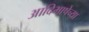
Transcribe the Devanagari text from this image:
आदिभाषेच्या